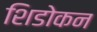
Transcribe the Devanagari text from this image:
शिडोकन